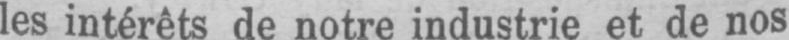
les intérêts de notre industrie et de nos